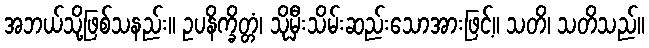
အဘယ်သို့ဖြစ်သနည်း။ ဥပနိက္ခိတ္တံ၊ သိုမှီးသိမ်းဆည်းသောအားဖြင့်။ သတိ၊ သတိသည်။